Lunatic asylums in Bengal annual reports 1899-1911 - 1899-1911
Year: 1899
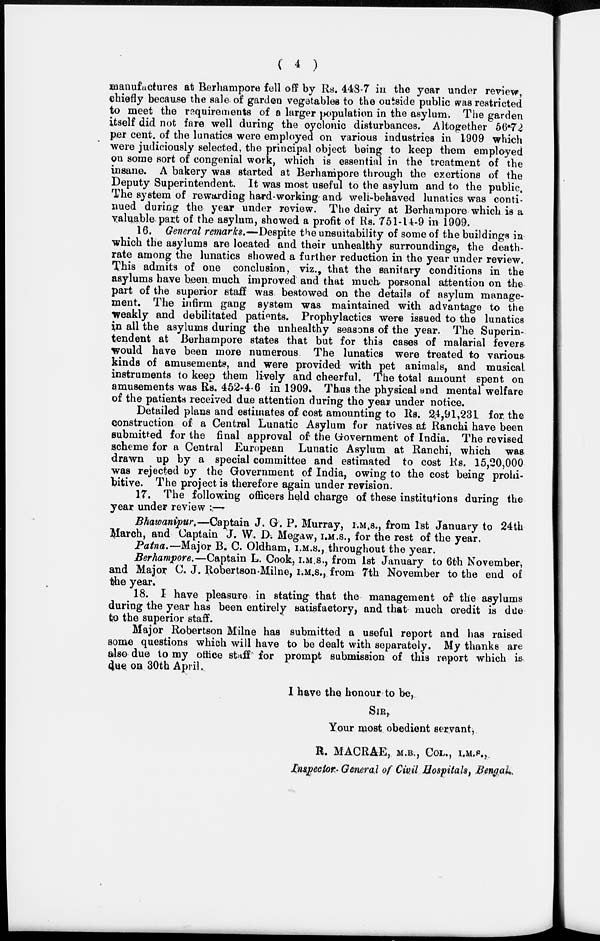
(
4
)
manufactures at Berhampore fell off by Rs. 448-7 in the year under review,
chiefly because the sale of garden vegetables to the outside public was restricted
to meet the requirements of a larger population in the asylum. The garden
itself did not fare well during the cyclonic disturbances. Altogether 56.72
per cent. of the lunatics were employed on various industries in 1909 which
were judiciously selected, the principal object being to keep them employed
on some sort of congenial work, which is essential in the treatment of the
insane. A bakery was started at Berhampore through the exertions of the
Deputy Superintendent. It was most useful to the asylum and to the public.
The system of rewarding hard-working and well-behaved lunatics was conti-
nued during the year under review. The dairy at Berhampore which is a
valuable part of the asylum, showed a profit of Rs. 751-14-9 in 1909.
16. General remarks.—Despite the unsuitability of some of the buildings in
which the asylums are located and their unhealthy surroundings, the death-
rate among the lunatics showed a further reduction in the year under review.
This admits of one conclusion, viz., that the sanitary conditions in the
asylums have been much improved and that much personal attention on the
part of the superior staff was bestowed on the details of asylum manage-
ment. The infirm gang system was maintained with advantage to the
weakly and debilitated patients. Prophylactics were issued to the lunatics
in all the asylums during the unhealthy seasons of the year. The Superin-
tendent at Berhampore states that but for this cases of malarial fevers
would have been more numerous The lunatics were treated to various
kinds of amusements, and were provided with pet animals, and musical
instruments to keep them lively and cheerful. The total amount spent on
amusements was Rs. 452-4-6 in 1909. Thus the physical and mental welfare
of the patients received due attention during the year under notice.
Detailed plans and estimates of cost amounting to Rs. 24,91,231 for the
construction of a Central Lunatic Asylum for natives at Ranchi have been
submitted for the final approval of the Government of India. The revised
scheme for a Central European Lunatic Asylum at Ranchi, which was
drawn up by a special committee and estimated to cost Rs. 15,20,000
was rejected by the Government of India, owing to the cost being prohi-
bitive. The project is therefore again under revision.
17. The following officers held charge of these institutions during the
year under review :—
Bhawanipur.—Captain J. G. P. Murray, I.M.S., from 1st January to 24th
March, and Captain J. W. D. Megaw, I.M.S., for the rest of the year.
Patna.—Major B. C. Oldham, I.M.S., throughout the year.
Berhampore.—Captain L. Cook, I.M.S., from 1st January to 6th November,
and Major C. J. Robertson-Milne, I.M.S., from 7th November to the end of
the year.
18. I have pleasure in stating that the management of the asylums
during the year has been entirely satisfaetory, and that much credit is due
to the superior staff.
Major Robertson Milne has submitted a useful report and has raised
some questions which will have to be dealt with separately. My thanks are
also due to my office staff for prompt submission of this report which is
due on 30th April.
I have the honour to be,
SIR,
Your most obedient servant,
R. MACRAE, M.B., COL., I.M.S.,
Inspector- General of Civil Hospitals, Bengal.